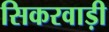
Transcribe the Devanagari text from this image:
सिकरवाड़ी